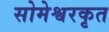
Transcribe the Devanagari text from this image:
सोमेश्वरकृत